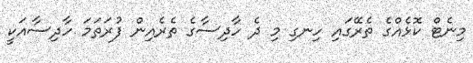
މިނެޓް ކޮޅެއްގެ ތެރޭގައި ހިނގި މި ދެ ހާދިސާގެ ތެރެއިން ފުރަތަމަ ހާދިސާއަކީ